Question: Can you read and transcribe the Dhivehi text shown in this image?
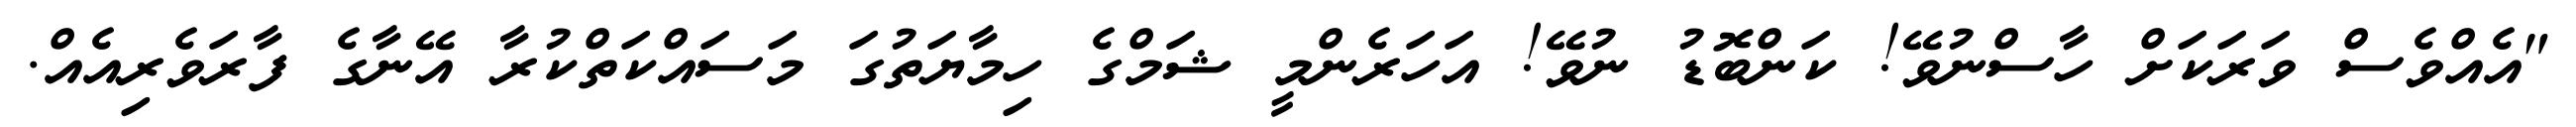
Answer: "އެއްވެސް ވަރަކަށް ހާސްނުވޭ! ކަންބޮޑު ނުވޭ! އަހަރެންމީ ޝަމްގެ ހިމާޔަތުގަ މަސައްކަތްކުރާ އޭނާގެ ފާރަވެރިއެއް.